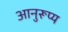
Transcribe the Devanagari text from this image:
आनुरूप्य